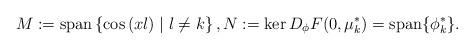
LaTeX: \begin{align*}M:= \mbox{span}\left\{\cos\left(xl\right)\mid l\neq k\right\},N:=\ker D_\phi F(0,\mu^*_{k})= \mbox{span}\{\phi^*_{k}\}.\end{align*}